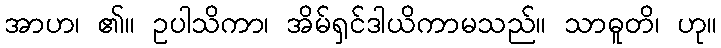
အာဟ၊ ၏။ ဥပါသိကာ၊ အိမ်ရှင်ဒါယိကာမသည်။ သာဓူတိ၊ ဟု။